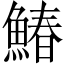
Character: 鰆